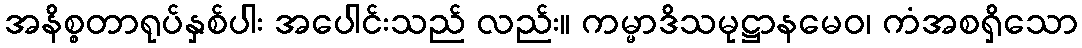
အနိစ္စတာရုပ်နှစ်ပါး အပေါင်းသည် လည်း။ ကမ္မာဒိသမုဋ္ဌာနမေဝ၊ ကံအစရှိသော